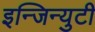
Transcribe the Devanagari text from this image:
इन्जिन्युटी